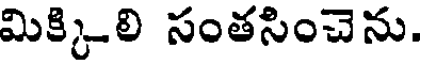
మిక్కిలి సంతసించెను.